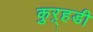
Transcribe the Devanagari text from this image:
कुऱ्हडी